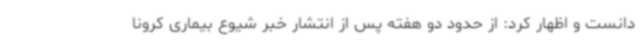
دانست و اظهار کرد: از حدود دو هفته پس از انتشار خبر شیوع بیماری کرونا